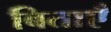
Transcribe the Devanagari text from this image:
बिताएँ